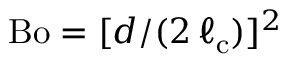
\mathrm { B o } = [ d / ( 2 \, \ell _ { \mathrm { c } } ) ] ^ { 2 }